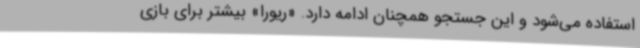
استفاده می‌شود و این جستجو همچنان ادامه دارد. «ریورا» بیشتر برای بازی